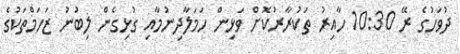
ދުވަހުގެ ރޭ 10:30 ހާއިރު ތަކުރާރުކޮށް ވަޅިން ހަމަލާދިނުމާއި ގުޅިގެން ލިބުނު ޒަހަމްތަކުގެ